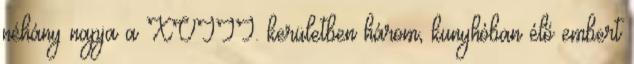
néhány napja a XVIII. kerületben három, kunyhóban élő embert